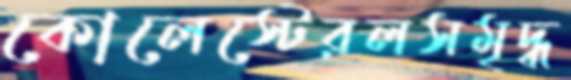
কোলেস্টেরলসমৃদ্ধ